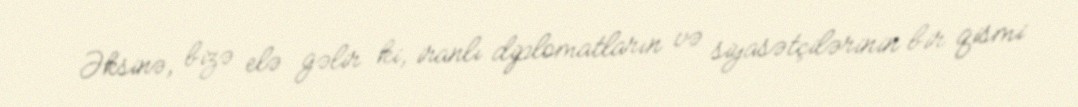
Əksinə, bizə elə gəlir ki, iranlı diplomatların və siyasətçilərinin bir qismi